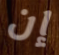
إن